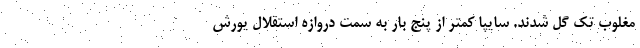
مغلوب تک گل شدند. سایپا کمتر از پنج بار به سمت دروازه استقلال یورش